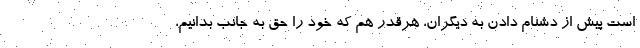
است پیش از دشنام دادن به دیگران، هرقدر هم که خود را حق به جانب بدانیم،